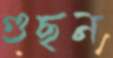
গুছন